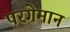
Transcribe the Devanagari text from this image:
परगेमान